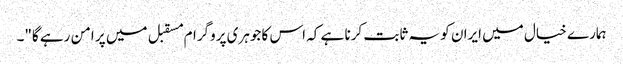
ہمارے خیال میں ایران کو یہ ثابت کرنا ہے کہ اس کا جوہری پروگرام مسقبل میں پر امن رہے گا"۔